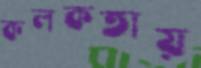
কলকতায়